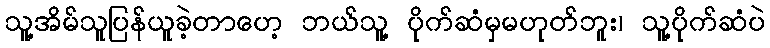
သူ့အိမ်သူပြန်ယူခဲ့တာဟေ့ ဘယ်သူ့ ပိုက်ဆံမှမဟုတ်ဘူး၊ သူ့ပိုက်ဆံပဲ